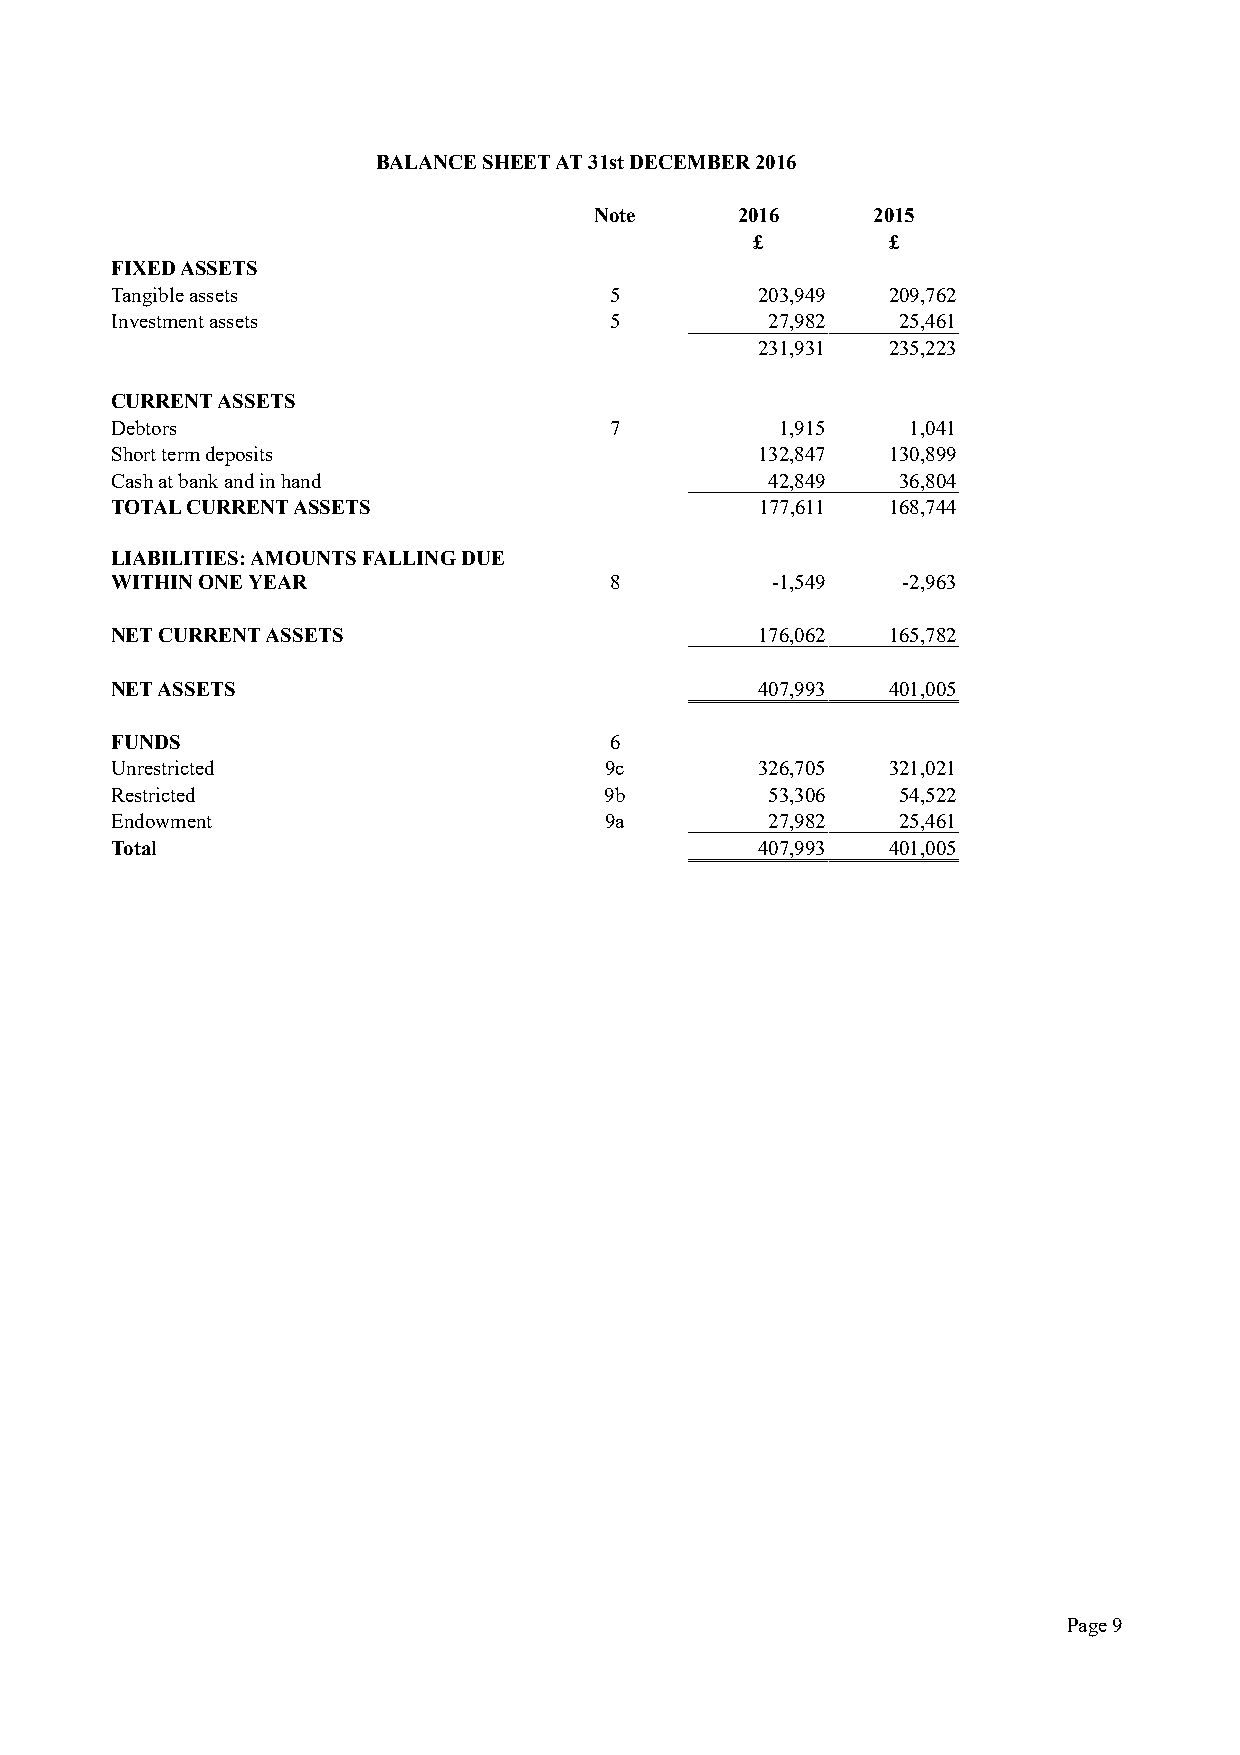
BALANCE SHEET AT 31st DECEMBER 2016
 Note      2016     2015
 £        £
 FIXED ASSETS
 Tangible assets                  5         203,949  209,762
 Investment assets                5          27,982   25,461
 231,931  235,223
 CURRENT ASSETS
 Debtors                          7           1,915   1,041
 Short term deposits                        132,847  130,899
 Cash at bank and in hand                    42,849   36,804
 TOTAL CURRENT ASSETS                       177,611  168,744
 LIABILITIES: AMOUNTS FALLING DUE
 WITHIN ONE YEAR                  8          -1,549   -2,963
 NET CURRENT ASSETS                         176,062  165,782
 NET ASSETS                                 407,993  401,005
 FUNDS                            6
 Unrestricted                     9c        326,705  321,021
 Restricted                       9b         53,306   54,522
 Endowment                        9a         27,982   25,461
 Total                                      407,993  401,005
 Page 9